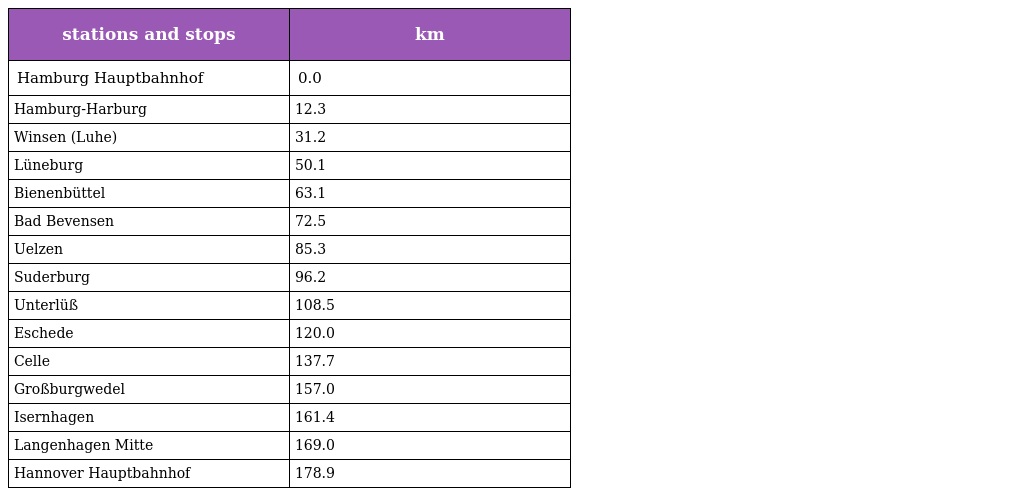
| stations and stops | km |
 | --- | --- |
 | Hamburg Hauptbahnhof | 0.0 |
 | Hamburg-Harburg | 12.3 |
 | Winsen (Luhe) | 31.2 |
 | Lüneburg | 50.1 |
 | Bienenbüttel | 63.1 |
 | Bad Bevensen | 72.5 |
 | Uelzen | 85.3 |
 | Suderburg | 96.2 |
 | Unterlüß | 108.5 |
 | Eschede | 120.0 |
 | Celle | 137.7 |
 | Großburgwedel | 157.0 |
 | Isernhagen | 161.4 |
 | Langenhagen Mitte | 169.0 |
 | Hannover Hauptbahnhof | 178.9 |